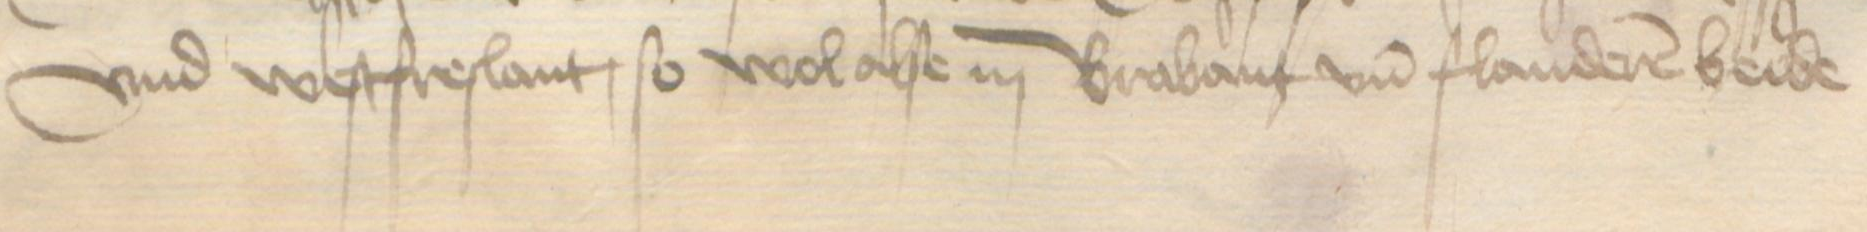
Transcription: vnd Westfreslant, so wol alse in Brabant und Flanderen beide